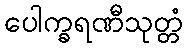
ပေါက္ခရဏီသုတ္တံ